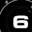
Digit: 6